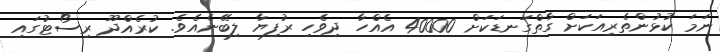
ނަމަ ކުޅުންތެރިއަކަށް ގާތްގަނޑަކަށް 40000 އެއްހާ ދިވެހި ރުފިޔާ ލިބޭނެއެވެ. ކުުރެއްދޫ ރިސޯޓުގައި